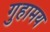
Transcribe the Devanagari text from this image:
गुहामय